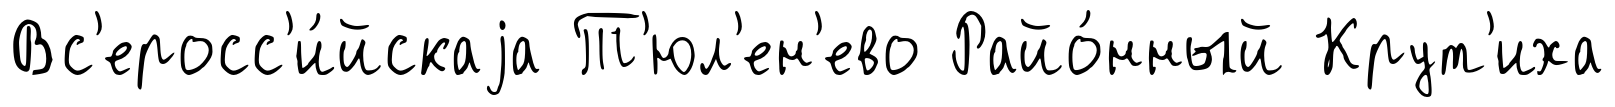
Вс'еросс'и́йскаjа Т'юл'ен'ево Райо́нный Крут'иха